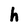
Character: h